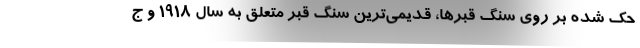
حک شده بر روی سنگ قبرها، قدیمی‌ترین سنگ قبر متعلق به سال ۱۹۱۸ و ج